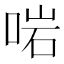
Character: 啱